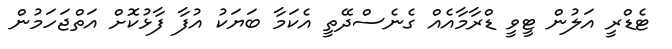
ޓެޑްރީ އަލުން ޓީވީ ޑްރާމާއެއް ގެނެސްދޭތީ އެކަމާ ބަޔަކު އުފާ ފާޅުކޮށް އަތްޖަހަމުން